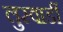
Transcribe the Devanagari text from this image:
लुस्वार्डी